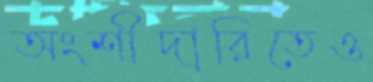
অংশীদারিতেও